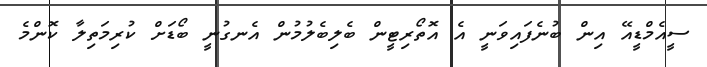
ސީއެމްޑީއޭ އިން ބުނެފައިވަނީ އެ އޮތޯރިޓީން ބެލިބެލުމުން އެނގުނީ ބޯޑަށް ކުރިމަތިލާ ކޮންމެ